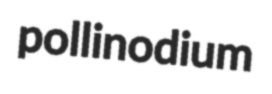
pollinodium